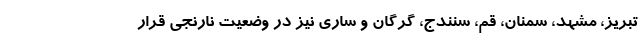
تبریز، مشهد، سمنان، قم، سنندج، گرگان و ساری نیز در وضعیت نارنجی قرار